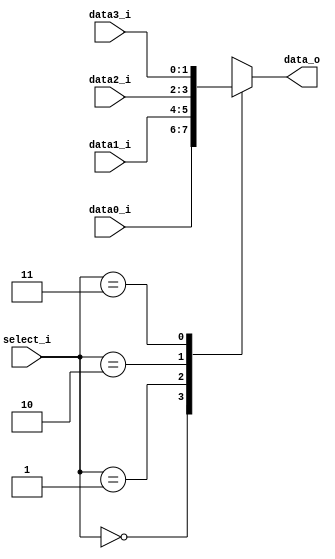
//Subject:     CO project 2 - MUX 221
//--------------------------------------------------------------------------------
//Version:     1
//--------------------------------------------------------------------------------
//Writer:      Luke
//----------------------------------------------
//Date:        
//----------------------------------------------
//Description: 
//--------------------------------------------------------------------------------
     
module MUX_4to1(
               data0_i,
               data1_i,
			   data2_i,
			   data3_i,
               select_i,
               data_o
               );

parameter size = 0;			   
			
//I/O ports               
input   [size-1:0] data0_i;          
input   [size-1:0] data1_i;
input   [size-1:0] data2_i;
input   [size-1:0] data3_i;
input 	[2-1:0]    select_i;
output  [size-1:0] data_o; 

//Internal Signals
reg [size-1:0] data_o;

//Main function

always@(*)
begin
	case(select_i)
	2'b00:
		data_o=data0_i;
	2'b01:
		data_o=data1_i;
	2'b10:
		data_o=data2_i;
	2'b11:
		data_o=data3_i;
	endcase
end

endmodule